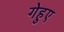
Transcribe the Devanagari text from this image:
गेहुए